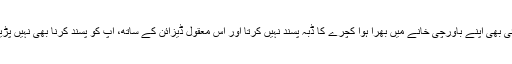
کوئی بھی اپنے باورچی خانے میں بھرا ہوا کچرے کا ڈبہ پسند نہیں کرتا اور اس معقول ڈیزائن کے ساتھ، آپ کو پسند کرنا بھی نہیں پڑیگا!